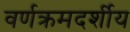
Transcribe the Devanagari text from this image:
वर्णक्रमदर्शीय